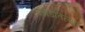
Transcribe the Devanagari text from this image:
दगडातल्या